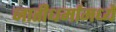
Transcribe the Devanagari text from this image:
जातीधर्मामध्ये